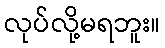
လုပ်လို့မရဘူး။